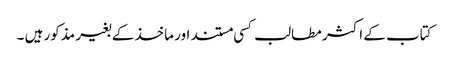
کتاب کے اکثر مطالب کسی مستند اور ماخذ کے بغیر مذکور ہیں ۔